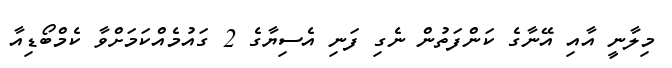
މިލާނީ އާއި އޭނާގެ ކަންފަތުން ނެގި ފަނި އެސިޔާގެ 2 ގައުމެއްކަމަށްވާ ކެމްބޯޑިއާ